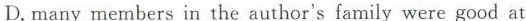
D.many members in the author's family were good at